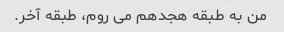
من به طبقه هجدهم می روم، طبقه آخر.